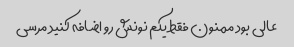
عالی بود ممنون فقط یکم نونش رو اضافه کنید مرسی